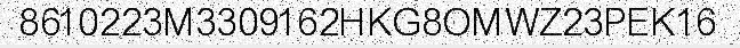
8610223M3309162HKG8OMWZ23PEK16